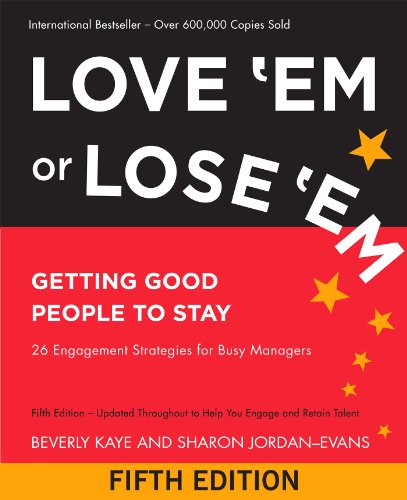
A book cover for Love 'Em or Lose 'Em: Getting Good People to Stay; Beverly Kaye; Business & Money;